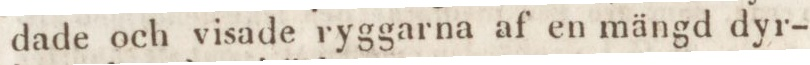
dade och visade ryggarna af en mängd dyr-